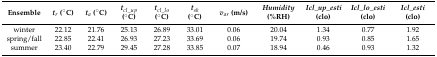
<table><thead><tr><td><b>Ensemble</b></td><td><b><i>t<sub>r</sub></i> (°C)</b></td><td><b><i>t<sub>a</sub></i> (°C)</b></td><td><b><i>t<sub>cl_up</sub></i> (°C)</b></td><td><b><i>t<sub>cl_lo</sub></i> (°C)</b></td><td><b><i>t<sub>sk</sub></i> (°C)</b></td><td><b><i>v<sub>ar</sub></i> (m/s)</b></td><td><b><i>Humidity</i> (%RH)</b></td><td><b><i>Icl_up_esti</i> (clo)</b></td><td><b><i>Icl_lo_esti</i> (clo)</b></td><td><b><i>Icl_esti</i> (clo)</b></td></tr></thead><tbody><tr><td>winter</td><td>22.12</td><td>21.76</td><td>25.13</td><td>26.89</td><td>33.01</td><td>0.06</td><td>20.04</td><td>1.34</td><td>0.77</td><td>1.92</td></tr><tr><td>spring/fall</td><td>22.85</td><td>22.41</td><td>26.93</td><td>27.23</td><td>33.69</td><td>0.06</td><td>19.74</td><td>0.93</td><td>0.85</td><td>1.65</td></tr><tr><td>summer</td><td>23.40</td><td>22.79</td><td>29.45</td><td>27.28</td><td>33.85</td><td>0.07</td><td>18.94</td><td>0.46</td><td>0.93</td><td>1.32</td></tr></tbody></table>